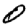
Digit: 0